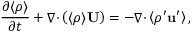
\frac { \partial \langle { \rho } \rangle } { \partial t } + { \boldsymbol { \nabla } } { \boldsymbol { \cdot } } \left( { \langle { \rho } \rangle { \bf { U } } } \right) = - { \boldsymbol { \nabla } } { \boldsymbol { \cdot } } \left\langle { \rho ^ { \prime } { \bf { u } } ^ { \prime } } \right\rangle ,